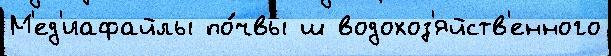
М'ед'иафайлы по́чвы ш водохоз'яйств'енного